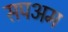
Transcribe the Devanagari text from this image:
सपअम